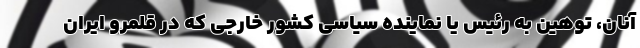
آنان، توهین به رئیس یا نماینده سیاسی کشور خارجی که در قلمرو ایران